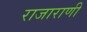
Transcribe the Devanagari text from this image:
राजाराणी